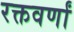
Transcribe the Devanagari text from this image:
रक्तवर्णां